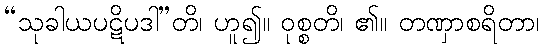
“သုခါယပဋိပဒါ”တိ၊ ဟူ၍။ ဝုစ္စတိ၊ ၏။ တဏှာစရိတာ၊